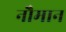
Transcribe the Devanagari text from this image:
नौमान